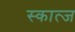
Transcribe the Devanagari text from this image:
स्कात्ज